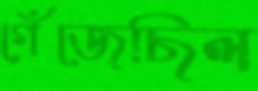
গেঁজেছিল